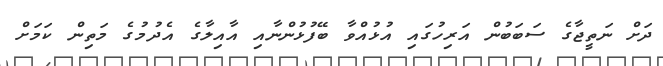
ދަށް ނަތީޖާގެ ސަބަބުން އަރިހުގައި އުޅުއްވާ ބޭފުޅުންނާއި އާއިލާގެ އެދުމުގެ މަތިން ކަމަށް